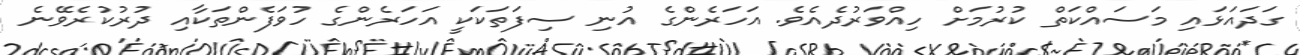
ގަދައަޅައި މަސައްކަތް ކުރުމަށް ހިއްވަރުދެއެވެ. އަހަރެންގެ އުނި ސިފަތަކަކީ އަހަރެންގެ ހުވަފެންތަކާއި ދުރުކުރެވޭނެ